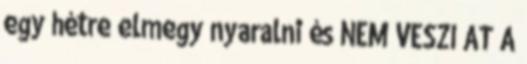
egy hétre elmegy nyaralni és NEM VESZI ÁT A